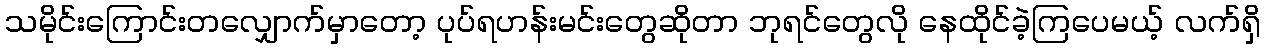
သမိုင်းကြောင်းတလျှောက်မှာတော့ ပုပ်ရဟန်းမင်းတွေဆိုတာ ဘုရင်တွေလို နေထိုင်ခဲ့ကြပေမယ့် လက်ရှိ